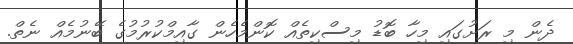
ދެން މި ރަށުގައި މިހާ ބޮޑު މިސްކިތެއް ކޮންމެހެން ގާއިމްކުރުމުގެ ބޭނުމެއް ނެތް.